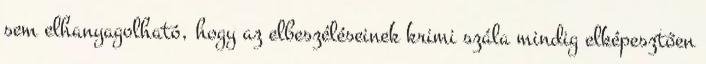
sem elhanyagolható, hogy az elbeszéléseinek krimi szála mindig elképesztően